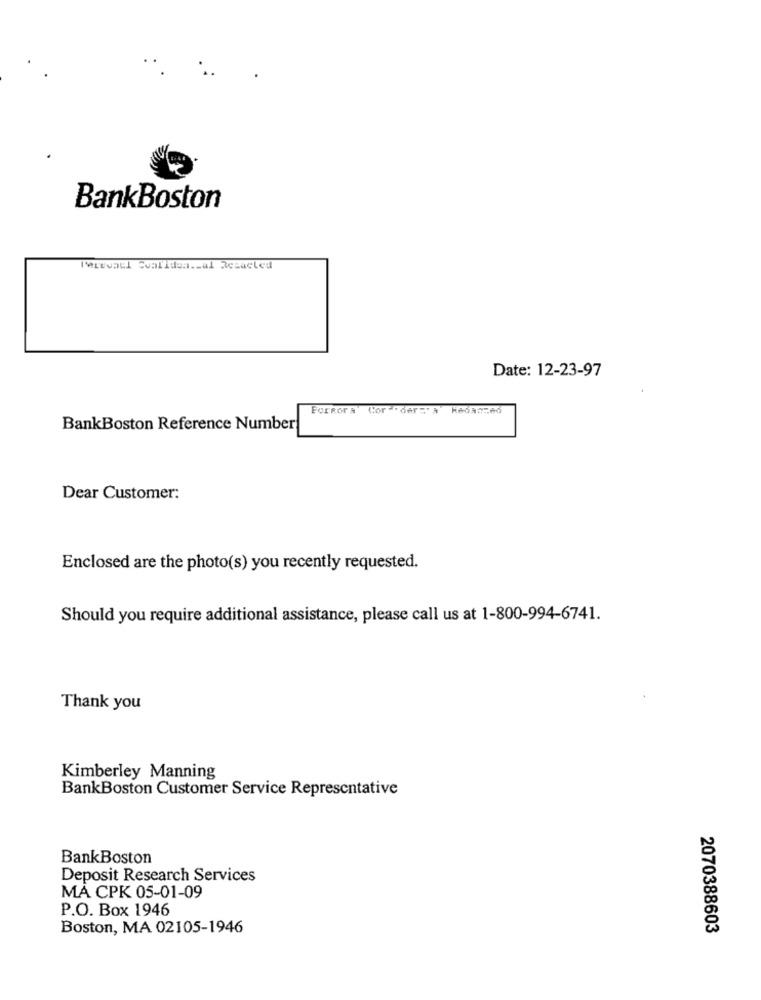
BankBoston
Terevaul Svalidea .. al Resacted
Date: 12-23-97
Forkora Cor .der="A KAGRO266
BankBoston Reference Number
Dear Customer:
Enclosed are the photo(s) you recently requested.
Should you require additional assistance, please call us at 1-800-994-6741.
Thank you
Kimberley Manning
BankBoston Customer Service Representative
BankBoston
Deposit Research Services
MA CPK 05-01-09
P.O. Box 1946
Boston, MA 02105-1946
2070388603